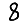
Digit: 8